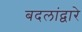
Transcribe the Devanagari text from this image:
बदलांद्वारे